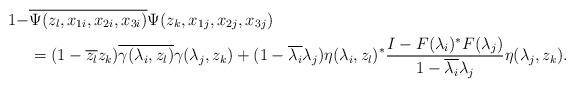
LaTeX: \begin{align*}1- & \overline{\Psi(z_l,x_{1i},x_{2i},x_{3i})}\Psi(z_k,x_{1j},x_{2j},x_{3j})\\&=(1-\overline{z_l}z_k)\overline{\gamma(\lambda_i,z_l)}\gamma(\lambda_j,z_k)+(1-\overline{\lambda_i}\lambda_j)\eta(\lambda_i,z_l)^*\frac{I-F(\lambda_i)^*F(\lambda_j)}{1-\overline{\lambda_i}\lambda_j}\eta(\lambda_j,z_k).\end{align*}